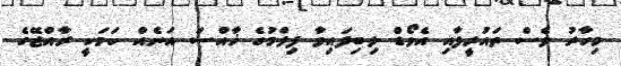
މިހާރު ވެސް ތައުރީފާއި އެވޯޑް ލިބިފައިވާ ފިލްމުގެ ޚާއްސަ އަނެއް ކަމަކީ ރާއްޖޭގެ